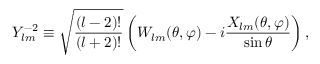
Y _ { l m } ^ { - 2 } \equiv \sqrt { \frac { ( l - 2 ) ! } { ( l + 2 ) ! } } \left( W _ { l m } ( \theta , \varphi ) - i \frac { X _ { l m } ( \theta , \varphi ) } { \sin \theta } \right) ,